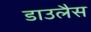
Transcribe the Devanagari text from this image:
डाउलैस